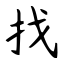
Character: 找